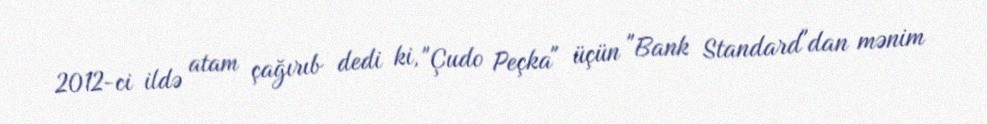
2012-ci ildə atam çağırıb dedi ki, "Çudo Peçka" üçün "Bank Standard"dan mənim